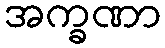
အက္ခဏာ